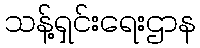
သန့်ရှင်းရေးဌာန